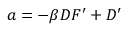
a = - \beta D F ^ { \prime } + D ^ { \prime }